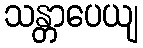
သန္တာပေယျ